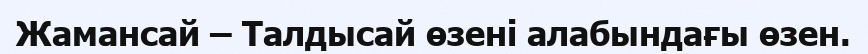
Жамансай – Талдысай өзені алабындағы өзен.